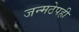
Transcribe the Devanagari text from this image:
जन्मठेपही